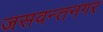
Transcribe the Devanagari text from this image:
जसवन्तनगर